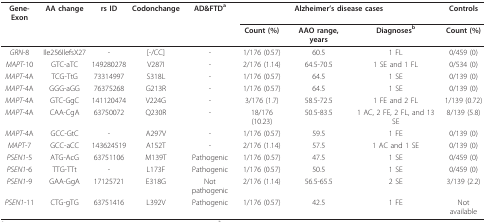
<table><thead><tr><td><b>Gene-Exon</b></td><td><b>AA change</b></td><td><b>rs ID</b></td><td><b>Codonchange</b></td><td><b>AD&amp;FTD<sup>a</sup></b></td><td colspan="3"><b>Alzheimer&#x27;s disease cases</b></td><td><b>Controls</b></td></tr><tr><td></td><td></td><td></td><td></td><td></td><td><b>Count (%)</b></td><td><b>AAO range, years</b></td><td><b>Diagnoses<sup>b</sup></b></td><td><b>Count (%)</b></td></tr></thead><tbody><tr><td><i>GRN</i>-8</td><td>Ile256IlefsX27</td><td>-</td><td>[-/CC]</td><td>-</td><td>1/176 (0.57)</td><td>60.5</td><td>1 FL</td><td>0/459 (0)</td></tr><tr><td><i>MAPT</i>-10</td><td>GTC-aTC</td><td>149280278</td><td>V287I</td><td>-</td><td>2/176 (1.14)</td><td>64.5-70.5</td><td>1 SE and 1 FL</td><td>0/534 (0)</td></tr><tr><td><i>MAPT</i>-4A</td><td>TCG-TtG</td><td>73314997</td><td>S318L</td><td>-</td><td>1/176 (0.57)</td><td>64.5</td><td>1 SE</td><td>0/139 (0)</td></tr><tr><td><i>MAPT</i>-4A</td><td>GGG-aGG</td><td>76375268</td><td>G213R</td><td>-</td><td>1/176 (0.57)</td><td>64.5</td><td>1 SE</td><td>0/139 (0)</td></tr><tr><td><i>MAPT</i>-4A</td><td>GTC-GgC</td><td>141120474</td><td>V224G</td><td>-</td><td>3/176 (1.7)</td><td>58.5-72.5</td><td>1 FE and 2 FL</td><td>1/139 (0.72)</td></tr><tr><td><i>MAPT</i>-4A</td><td>CAA-CgA</td><td>63750072</td><td>Q230R</td><td>-</td><td>18/176 (10.23)</td><td>50.5-83.5</td><td>1 AC, 2 FE, 2 FL, and 13 SE</td><td>8/139 (5.8)</td></tr><tr><td><i>MAPT</i>-4A</td><td>GCC-GtC</td><td>-</td><td>A297V</td><td>-</td><td>1/176 (0.57)</td><td>59.5</td><td>1 FE</td><td>0/139 (0)</td></tr><tr><td><i>MAPT</i>-7</td><td>GCC-aCC</td><td>143624519</td><td>A152T</td><td>-</td><td>2/176 (1.14)</td><td>57.5</td><td>1 AC and 1 SE</td><td>0/139 (0)</td></tr><tr><td><i>PSEN1</i>-5</td><td>ATG-AcG</td><td>63751106</td><td>M139T</td><td>Pathogenic</td><td>1/176 (0.57)</td><td>47.5</td><td>1 SE</td><td>0/459 (0)</td></tr><tr><td><i>PSEN1</i>-6</td><td>TTG-TTt</td><td>-</td><td>L173F</td><td>Pathogenic</td><td>1/176 (0.57)</td><td>50.5</td><td>1 SE</td><td>0/459 (0)</td></tr><tr><td><i>PSEN1</i>-9</td><td>GAA-GgA</td><td>17125721</td><td>E318G</td><td>Not pathogenic</td><td>2/176 (1.14)</td><td>56.5-65.5</td><td>2 SE</td><td>3/139 (2.2)</td></tr><tr><td><i>PSEN1</i>-11</td><td>CTG-gTG</td><td>63751416</td><td>L392V</td><td>Pathogenic</td><td>1/176 (0.57)</td><td>42.5</td><td>1 FE</td><td>Not available</td></tr></tbody></table>